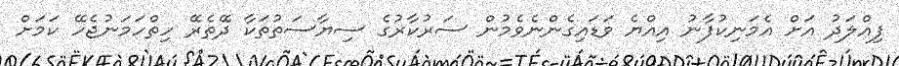
ފިއްލަދު އަށް އެމަނިކުފާނު އިއްޔެ ވަޑައިގެންނެވެމުން ސަރުކާރުގެ ސިޔާސަތުތަކާ ދޭތެރޭ ހިތްހަމަނުޖެހޭ ކަމަށް